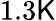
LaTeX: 1.3\mathsf{K}